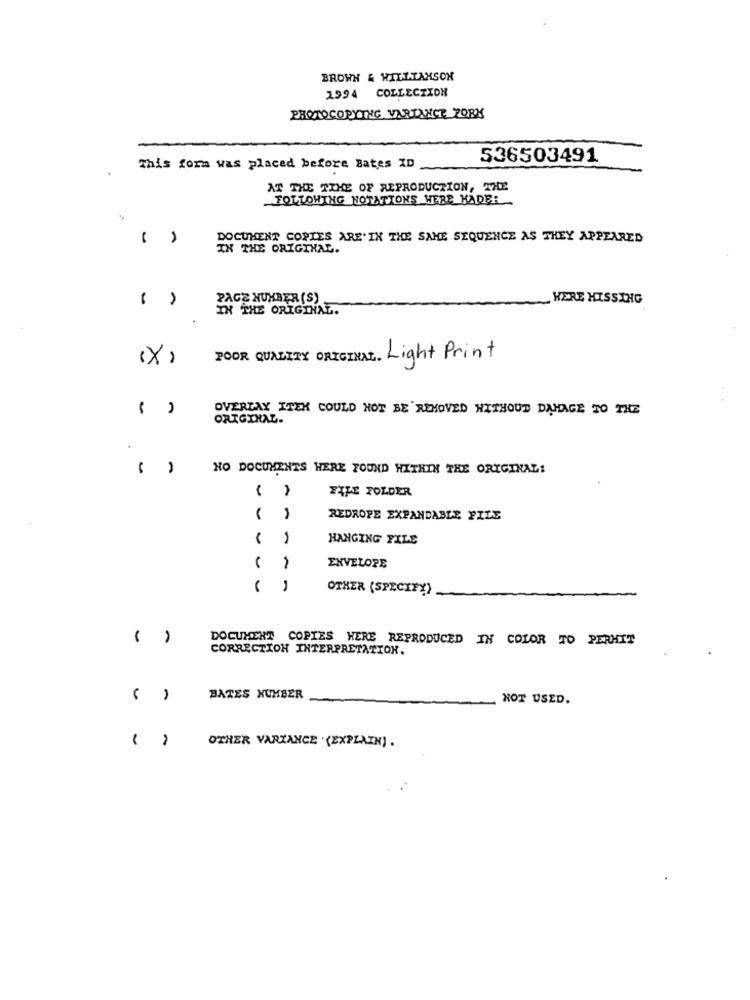
BROWN & WILLTAKSON
1994 COLLECTION
PHOTOCOPYING VARTNICE PORK
536503491
This form was placed before Bates ID
AT THE TIME OF REPRODUCTION, THE
FOLLOWING NOTATIONS WERE MADE:
( )
DOCUMENT COPIES ARE IN THE SAME SEQUENCE AS THEY APPEARED
IN THE ORIGINAL.
PAGE NUMBER (S)
WERE HISSING
IN THE ORIGINAL.
(X)
FOOR QUALITY ORIGINAL. Light Print
OVERLAY ITEN COULD NOT BE REMOVED WITHOUT DAMAGE TO THE
ORIGINAL-
NO DOCUMENTS WERE FOUND WITHIN THE ORIGINAL:
FILE FOLDER
REDROPE EXPANDABLE FILE
1
HANGING FILE
ENVELOPE
OTHER (SPECIFY)
( )
DOCUMENT COPIES HERE REPRODUCED IN COLOR TO PERMIT
CORRECTION INTERPRETATION.
BATES NUMBER
NOT USED.
OTHER VARIANCE . (EXPLAIN) .